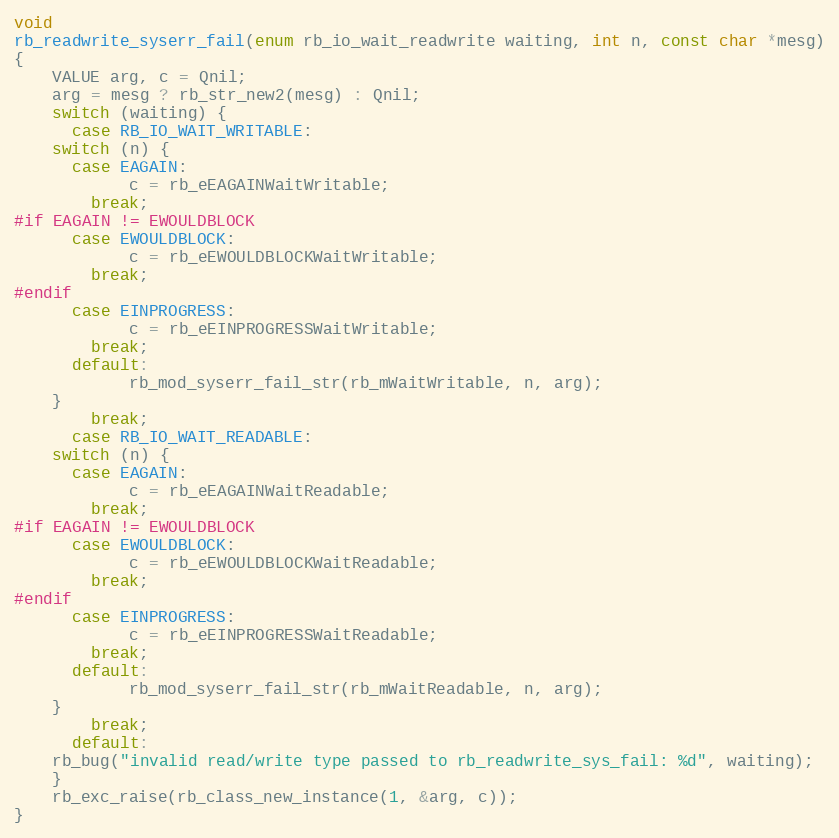
Language: C
void
rb_readwrite_syserr_fail(enum rb_io_wait_readwrite waiting, int n, const char *mesg)
{
    VALUE arg, c = Qnil;
    arg = mesg ? rb_str_new2(mesg) : Qnil;
    switch (waiting) {
      case RB_IO_WAIT_WRITABLE:
	switch (n) {
	  case EAGAIN:
            c = rb_eEAGAINWaitWritable;
	    break;
#if EAGAIN != EWOULDBLOCK
	  case EWOULDBLOCK:
            c = rb_eEWOULDBLOCKWaitWritable;
	    break;
#endif
	  case EINPROGRESS:
            c = rb_eEINPROGRESSWaitWritable;
	    break;
	  default:
            rb_mod_syserr_fail_str(rb_mWaitWritable, n, arg);
	}
        break;
      case RB_IO_WAIT_READABLE:
	switch (n) {
	  case EAGAIN:
            c = rb_eEAGAINWaitReadable;
	    break;
#if EAGAIN != EWOULDBLOCK
	  case EWOULDBLOCK:
            c = rb_eEWOULDBLOCKWaitReadable;
	    break;
#endif
	  case EINPROGRESS:
            c = rb_eEINPROGRESSWaitReadable;
	    break;
	  default:
            rb_mod_syserr_fail_str(rb_mWaitReadable, n, arg);
	}
        break;
      default:
	rb_bug("invalid read/write type passed to rb_readwrite_sys_fail: %d", waiting);
    }
    rb_exc_raise(rb_class_new_instance(1, &arg, c));
}